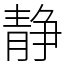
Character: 静